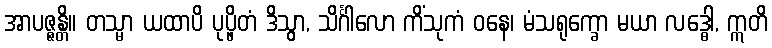
အာပဇ္ဇန္တိ။ တသ္မာ ယထာပိ ပုပ္ဖိတံ ဒိသွာ, သိင်္ဂါလော ကိံသုကံ ဝနေ၊ မံသရုက္ခော မယာ လဒ္ဓေါ, ဣတိ